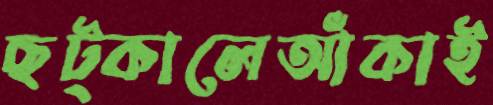
ছট্‌কালেআঁকাই